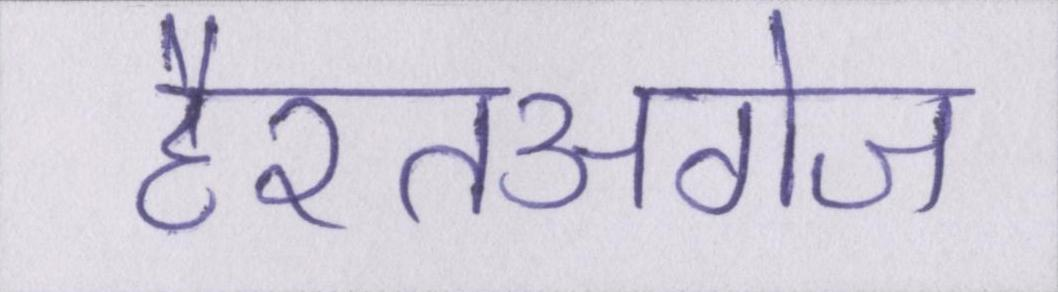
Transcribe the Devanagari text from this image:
हैरतअंगेज